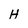
Character: H